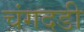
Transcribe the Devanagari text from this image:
चंगदडी